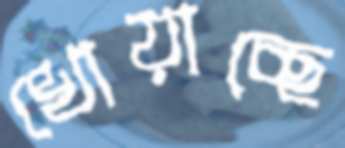
খোয়াচ্ছে